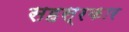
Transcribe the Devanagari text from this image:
सहस्रकार